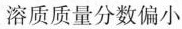
溶质质量分数偏小